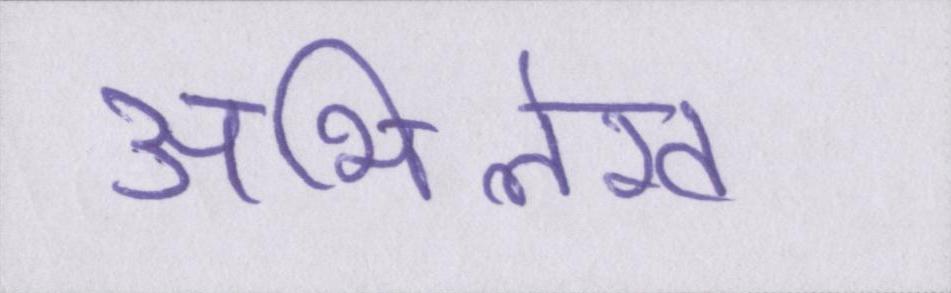
अभिलेख